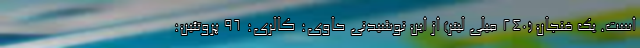
است. یک فنجان (240 میلی لیتر) از این نوشیدنی حاوی: کالری: 96 پروتئین: